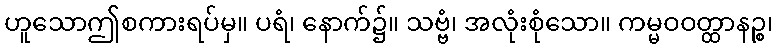
ဟူသောဤစကားရပ်မှ။ ပရံ၊ နောက်၌။ သဗ္ဗံ၊ အလုံးစုံသော။ ကမ္မဝဝတ္ထာနဉ္စ၊